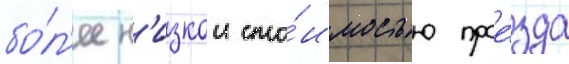
бо́л'ее н'изкои сто́имостью прое́зда